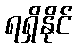
ရရှိနိုင်